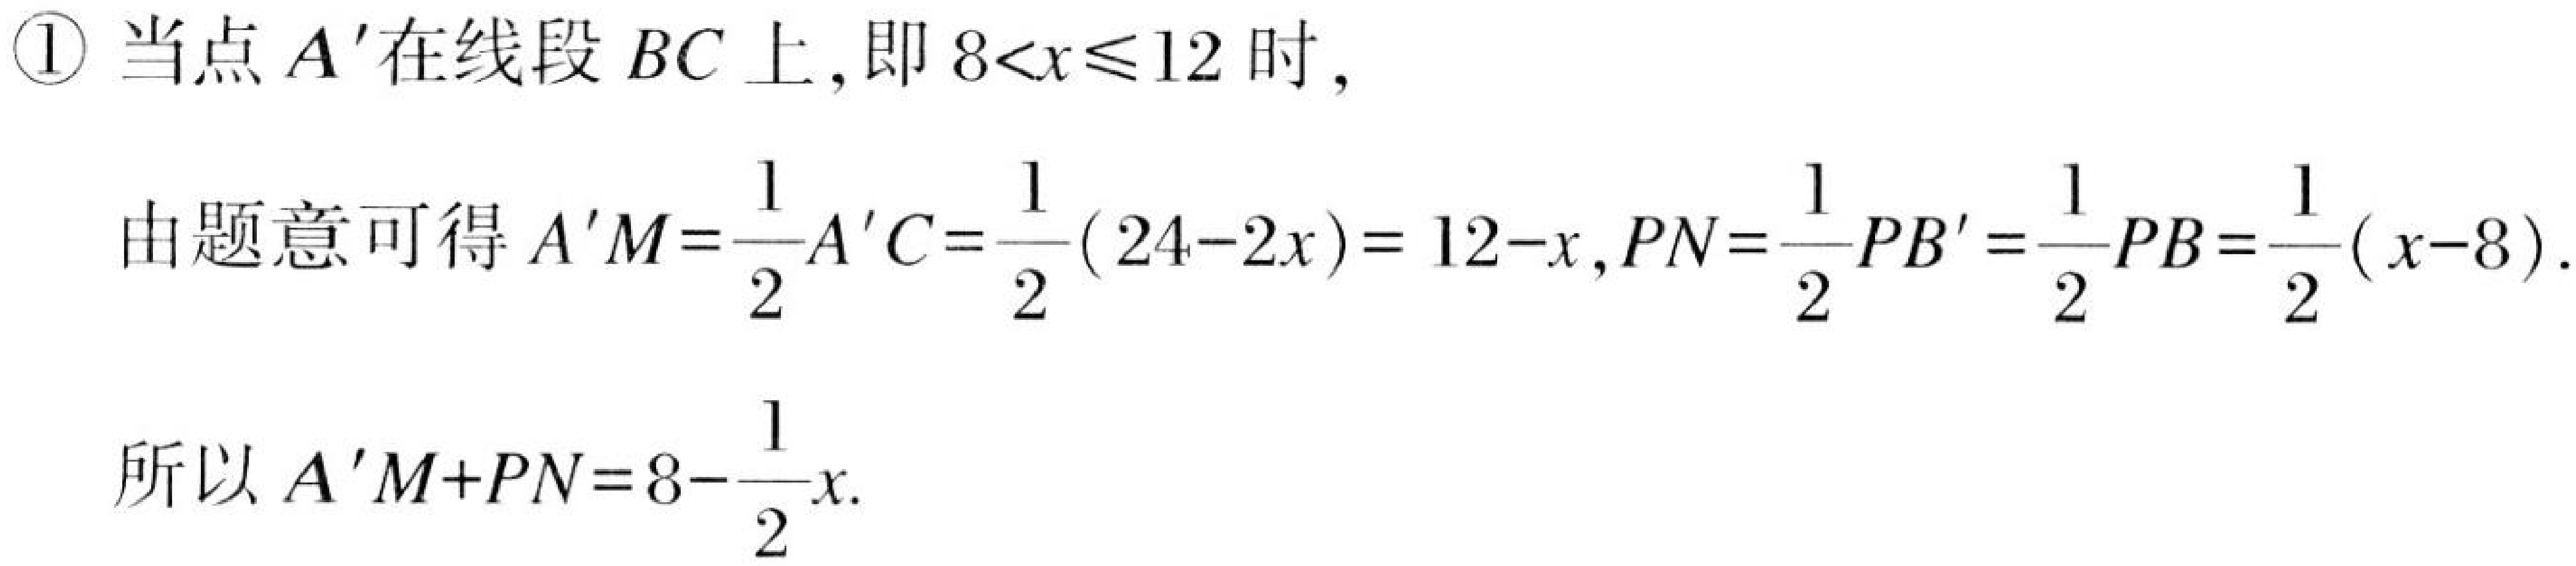
\textcircled{1} 当点\(A'\)在线段\(BC\)上,即\(8<x\leqslant12\)时,
由题意可得\(A'M=\dfrac{1}{2}A'C=\dfrac{1}{2}(24 - 2x)=12 - x\),\(PN=\dfrac{1}{2}PB'=\dfrac{1}{2}PB=\dfrac{1}{2}(x - 8)\).
所以\(A'M+PN=8-\dfrac{1}{2}x\).